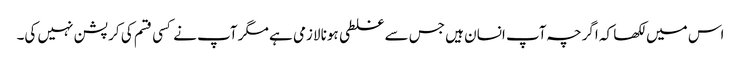
اس میں لکھا کہ اگرچہ آپ انسان ہیں جس سے غلطی ہونا لازمی ہے مگر آپ نے کسی قسم کی کرپشن نہیں کی۔